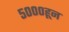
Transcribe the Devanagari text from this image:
५०००हून